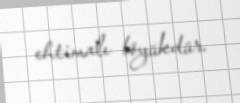
ehtimalı böyükdür.